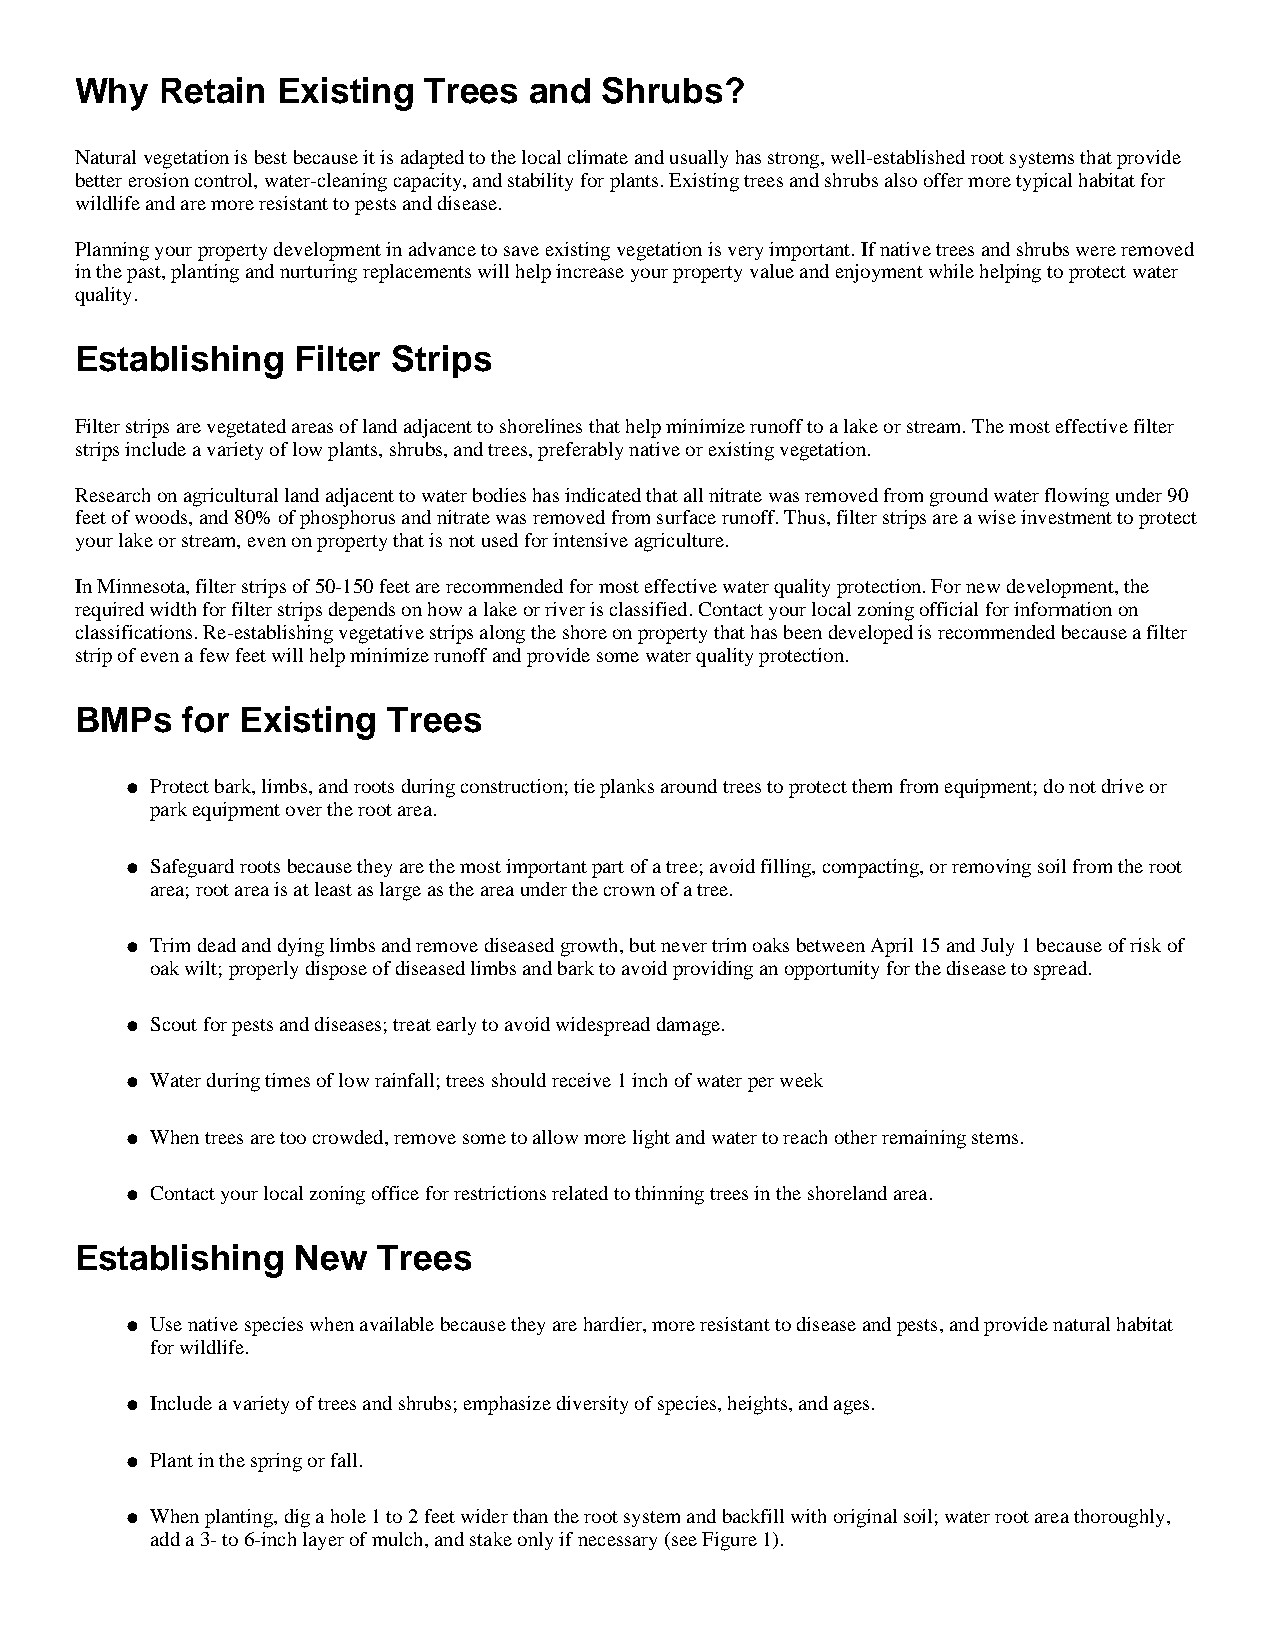
Why   Retain Existing  Trees  and  Shrubs?
 Natural vegetation is best because it is adapted to the local climate and usually has strong, well-established root systems that provide
 better erosion control, water-cleaning capacity, and stability for plants. Existing trees and shrubs also offer more typical habitat for
 wildlife and are more resistant to pests and disease.
 Planning your property development in advance to save existing vegetation is very important. If native trees and shrubs were removed
 in the past, planting and nurturing replacements will help increase your property value and enjoyment while helping to protect water
 quality.
 Establishing   Filter Strips
 Filter strips are vegetated areas of land adjacent to shorelines that help minimize runoff to a lake or stream. The most effective filter
 strips include a variety of low plants, shrubs, and trees, preferably native or existing vegetation.
 Research on agricultural land adjacent to water bodies has indicated that all nitrate was removed from ground water flowing under 90
 feet of woods, and 80% of phosphorus and nitrate was removed from surface runoff. Thus, filter strips are a wise investment to protect
 your lake or stream, even on property that is not used for intensive agriculture.
 In Minnesota, filter strips of 50-150 feet are recommended for most effective water quality protection. For new development, the
 required width for filter strips depends on how a lake or river is classified. Contact your local zoning official for information on
 classifications. Re-establishing vegetative strips along the shore on property that has been developed is recommended because a filter
 strip of even a few feet will help minimize runoff and provide some water quality protection.
 BMPs   for Existing  Trees
 l P rotect bark, limbs, and roots during construction; tie planks around trees to protect them from equipment; do not drive or
 park equipment over the root area.
 l S afeguard roots because they are the most important part of a tree; avoid filling, compacting, or removing soil from the root
 area; root area is at least as large as the area under the crown of a tree.
 l T rim dead and dying limbs and remove diseased growth, but never trim oaks between April 15 and July 1 because of risk of
 oak wilt; properly dispose of diseased limbs and bark to avoid providing an opportunity for the disease to spread.
 l S cout for pests and diseases; treat early to avoid widespread damage.
 l W ater during times of low rainfall; trees should receive 1 inch of water per week
 l W hen trees are too crowded, remove some to allow more light and water to reach other remaining stems.
 l C ontact your local zoning office for restrictions related to thinning trees in the shoreland area.
 Establishing   New  Trees
 l U se native species when available because they are hardier, more resistant to disease and pests, and provide natural habitat
 for wildlife.
 l In clude a variety of trees and shrubs; emphasize diversity of species, heights, and ages.
 l P lant in the spring or fall.
 l W hen planting, dig a hole 1 to 2 feet wider than the root system and backfill with original soil; water root area thoroughly,
 add a 3- to 6-inch layer of mulch, and stake only if necessary (see Figure 1).